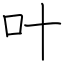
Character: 叶